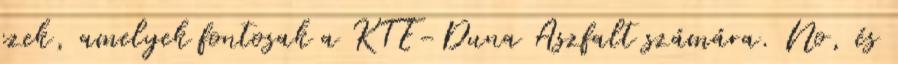
ezek, amelyek fontosak a KTE-Duna Aszfalt számára. No, és